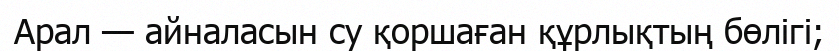
Арал — айналасын су қоршаған құрлықтың бөлігі;